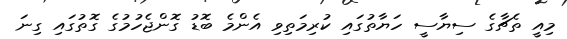
މިއީ ތެޗާގެ ސިޔާސީ ހަޔާތުގައި ކުރިމަތިވި އެންމެ ބޮޑު ގޮންޖެހުމުގެ ގޮތުގައި ގިނަ